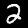
Label: 2